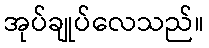
အုပ်ချုပ်လေသည်။